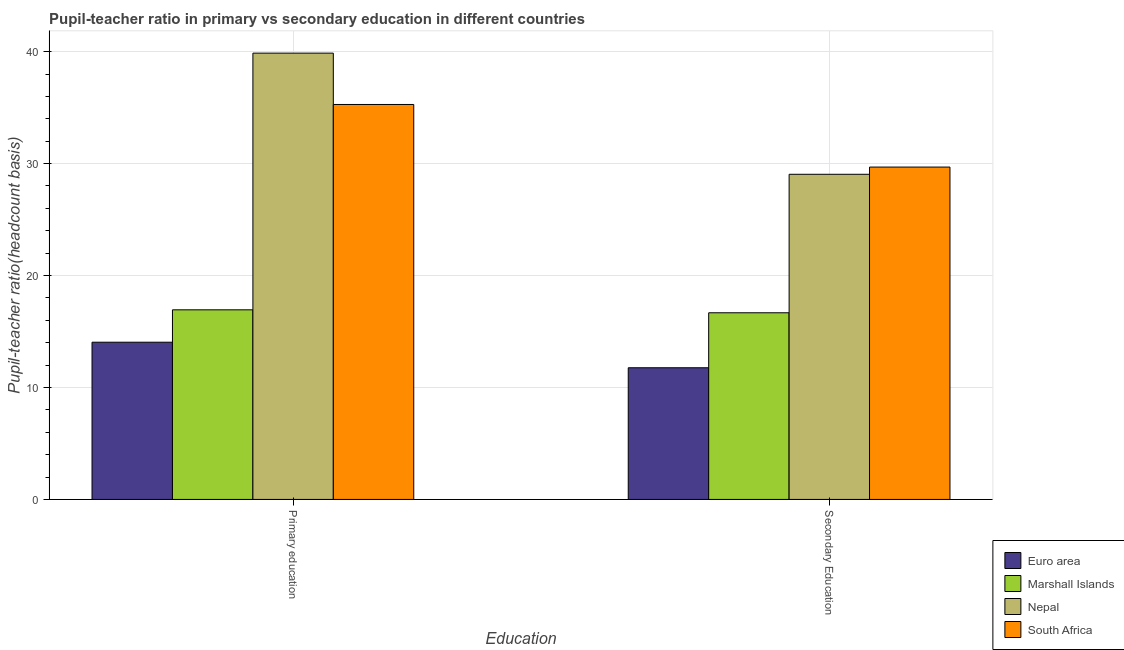
| Education | Euro area | Marshall Islands | Nepal | South Africa |
 | --- | --- | --- | --- | --- |
 | Primary education | 14 | 16.9 | 39.9 | 35.3 |
 | Secondary Education | 11.8 | 16.7 | 29 | 29.7 |